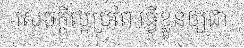
សេចក្តីល្អប្រពៃ ធ្វើខ្លួនឲ្យជា